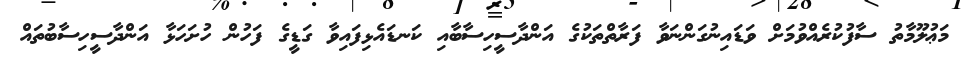
މަޢުލޫމާތު ސާފުކުރެއްވުމަށް ވަޑައިނުގަންނަވާ ފަރާތްތަކުގެ އަންދާސީހިސާބާއި ކަނޑައެޅިފައިވާ ގަޑީގެ ފަހުން ހުށަހަޅާ އަންދާސީހިސާބުތައް